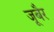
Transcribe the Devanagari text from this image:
जूबैर